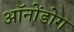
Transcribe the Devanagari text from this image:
ऑनोंडोग